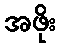
အဖိုး